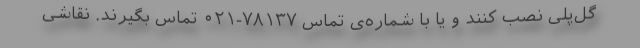
گل‌پلی نصب کنند و یا با شماره‌ی تماس ۷۸۱۳۷-۰۲۱ تماس بگیرند. نقاشی